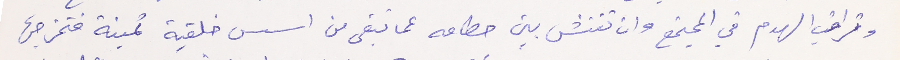
وتراقب الهدم في المجتمع وان تفتش بين حطامه عما تبقى من اسس خلقية ثمينة فتخرجها